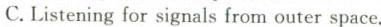
C.Listening for signals from outer space.